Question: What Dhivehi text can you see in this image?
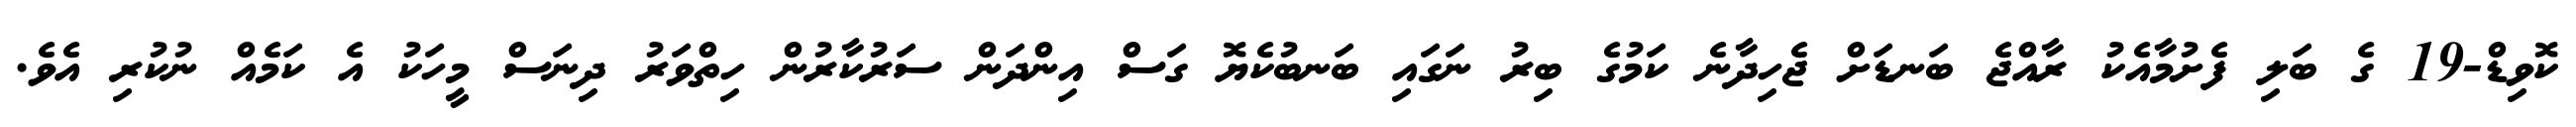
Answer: ކޮވިޑް-19 ގެ ބަލި ފެށުމާއެކު ރާއްޖެ ބަނޑަށް ޖެހިދާނެ ކަމުގެ ބިރު ނަގައި ބަނބުކެޔޮ ގަސް އިންދަން ސަރުކާރުން ހިތްވަރު ދިނަސް މީހަކު އެ ކަމެއް ނުކުރި އެވެ.